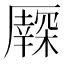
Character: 𠫃